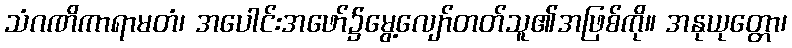
သံဂဏိကာရာမတံ၊ အပေါင်းအဖော်၌မွေ့လျော်တတ်သူ၏အဖြစ်ကို။ အနုယုတ္တော၊